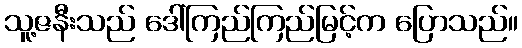
သူ့ဇနီးသည် ဒေါ်ကြည်ကြည်မြင့်က ပြောသည်။